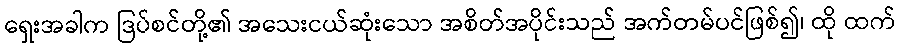
ရှေးအခါက ဒြပ်စင်တို့၏ အသေးငယ်ဆုံးသော အစိတ်အပိုင်းသည် အက်တမ်ပင်ဖြစ်၍၊ ထို ထက်